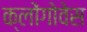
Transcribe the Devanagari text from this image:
क्लोंगोवेस